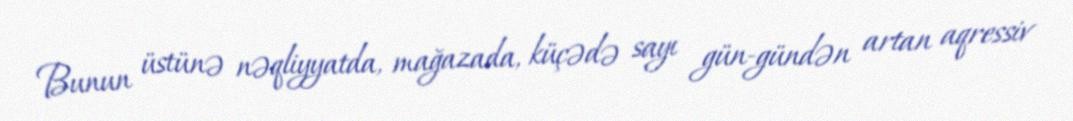
Bunun üstünə nəqliyyatda, mağazada, küçədə sayı gün-gündən artan aqressiv